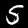
Digit: 5